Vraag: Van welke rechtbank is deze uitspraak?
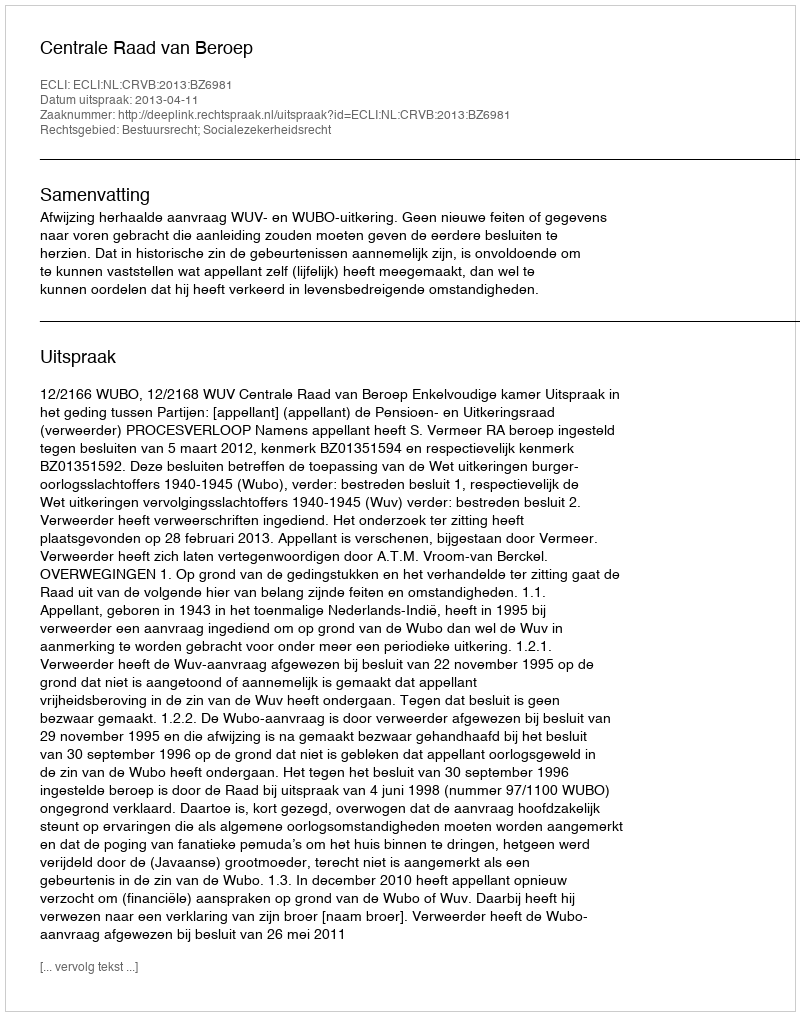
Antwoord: Centrale Raad van Beroep